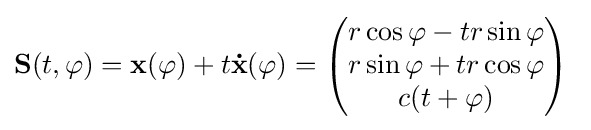
\mathbf {S} (t,\varphi )=\mathbf {x} (\varphi )+t\mathbf {\dot {x}} (\varphi )={\begin{pmatrix}r\cos \varphi -tr\sin \varphi \\r\sin \varphi +tr\cos \varphi \\c(t+\varphi )\end{pmatrix}}\